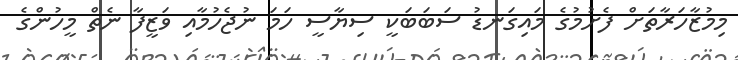
މިމުޒާހަރާތަށް ފެށުމުގެ މައިގަނޑު ސަބަބަކީ ސިޔާސީ ހަމަ ނުޖެހުމާއި ވަޒީފާ ނެތް މީހުންގެ